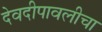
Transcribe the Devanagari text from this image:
देवदीपावलीचा